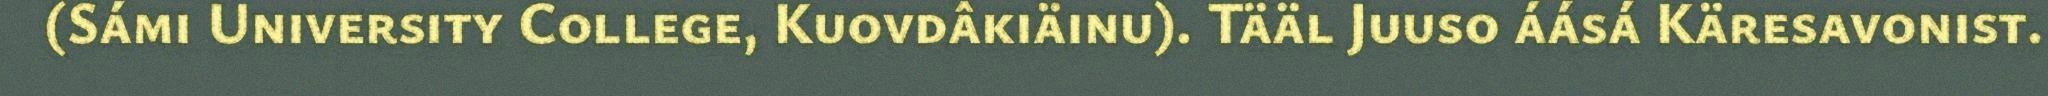
(Sámi University College, Kuovdâkiäinu). Tääl Juuso áásá Käresavonist.